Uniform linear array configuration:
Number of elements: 12
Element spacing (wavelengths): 1
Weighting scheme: exponential
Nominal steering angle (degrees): -15
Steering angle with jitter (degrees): -14.64
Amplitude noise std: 0.05
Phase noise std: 0.05

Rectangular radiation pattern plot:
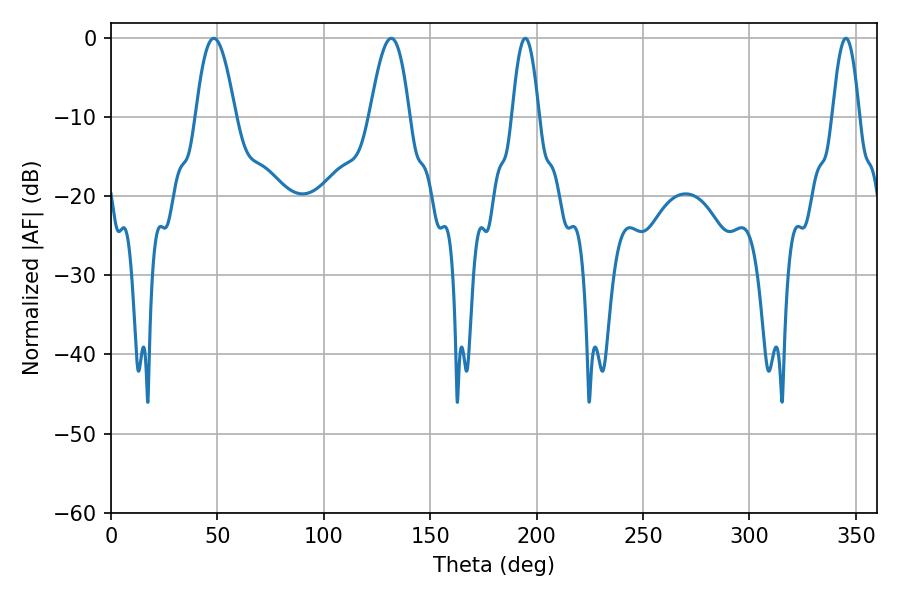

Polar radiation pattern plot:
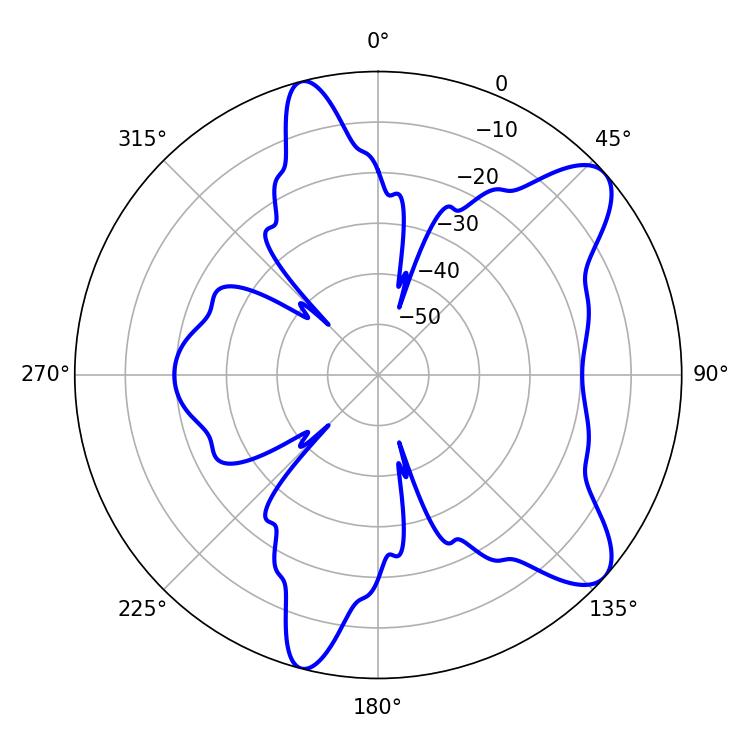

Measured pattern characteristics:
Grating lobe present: TRUE
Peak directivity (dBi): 9.25
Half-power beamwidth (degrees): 10.08
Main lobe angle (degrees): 48.24